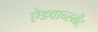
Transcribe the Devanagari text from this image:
ऐडवान्स्मेंट